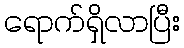
ရောက်ရှိလာပြီး